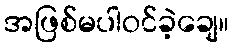
အဖြစ်မပါဝင်ခဲ့ချေ။